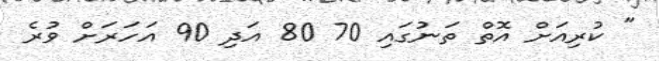
" ކުރިއަށް އޮތް ތަނުގައި 70 80 އަދި 90 އަހަރަށް ވުރެ